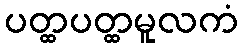
ပတ္ထပတ္ထမူလကံ